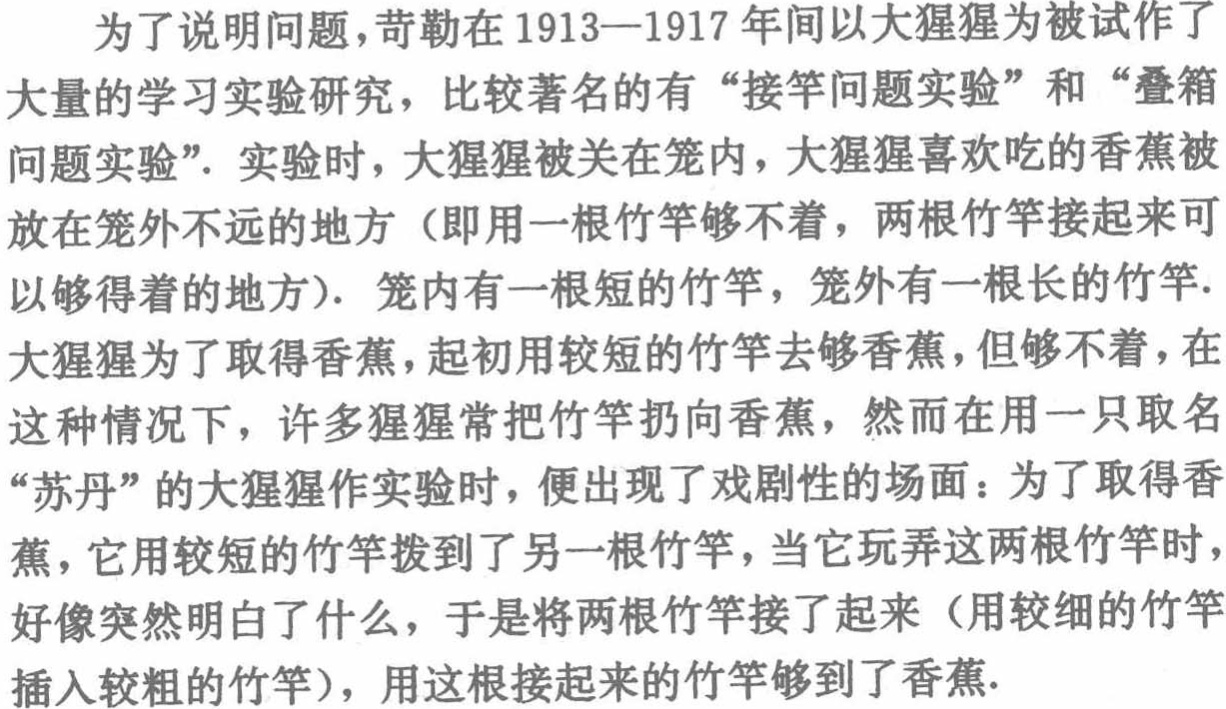
为了说明问题，苛勒在1913—1917年间以大猩猩为被试作了

大量的学习实验研究，比较著名的有“接竿问题实验”和“叠箱

问题实验”．实验时，大猩猩被关在笼内，大猩猩喜欢吃的香蕉被

放在笼外不远的地方（即用一根竹竿够不着，两根竹竿接起来可

以够得着的地方）．笼内有一根短的竹竿，笼外有一根长的竹竿．

大猩猩为了取得香蕉，起初用较短的竹竿去够香蕉，但够不着，在

这种情况下，许多猩猩常把竹竿扔向香蕉，然而在用一只取名

“苏丹”的大猩猩作实验时，便出现了戏剧性的场面：为了取得香

蕉，它用较短的竹竿拨到了另一根竹竿，当它玩弄这两根竹竿时，

好像突然明白了什么，于是将两根竹竿接了起来（用较细的竹竿

插入较粗的竹竿），用这根接起来的竹竿够到了香蕉．